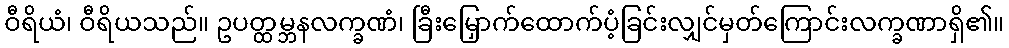
ဝီရိယံ၊ ဝီရိယသည်။ ဥပတ္ထမ္ဘနလက္ခဏံ၊ ခြီးမြှောက်ထောက်ပံ့ခြင်းလျှင်မှတ်ကြောင်းလက္ခဏာရှိ၏။